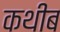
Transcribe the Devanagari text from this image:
कथीब